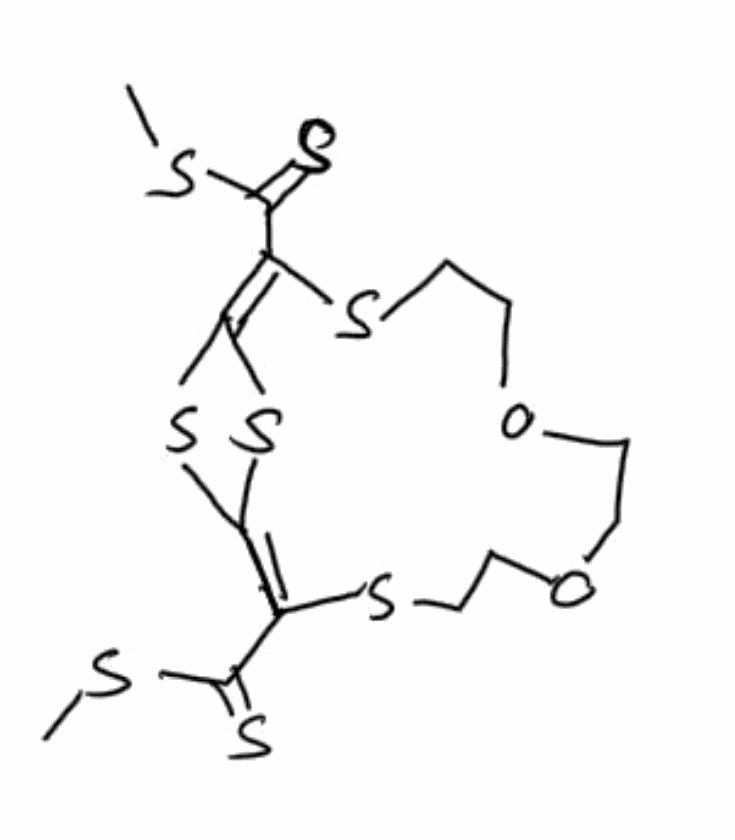
Simplified molecular-input line-entry system (SMILES) notation of the given molecule:
N=[S-](=S=S=S=S=S=S=S=S=S=S=S=[Y]I)O